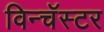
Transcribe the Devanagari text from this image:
विन्चॅस्टर